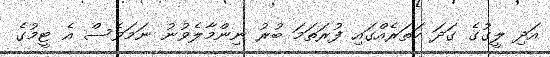
އަދި ލީގުގެ ގަަދަ ހަތަރެއްގައި ފުރަތަމަ ބުރު ނިންމާލެވުނު ނަމަވެސް އެ ޓީމުގެ